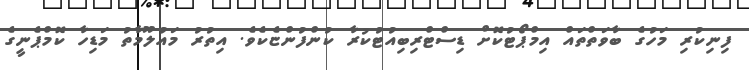
ފިނިކުރި މަހުގެ ބާވަތްތައް އިމްޕޯޓުކޮށް ޑިސްޓްރިބިއުޓުކުރާ ކުންފުންޏެކެވެ. އިތުރު މައުލޫމާތު މަޑިހާ ކޮމްޕެނީގެ